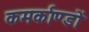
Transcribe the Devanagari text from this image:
कमर्काण्डों